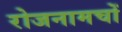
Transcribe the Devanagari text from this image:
रोजनामचों